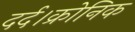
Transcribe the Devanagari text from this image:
दर्द।क्रोनिक